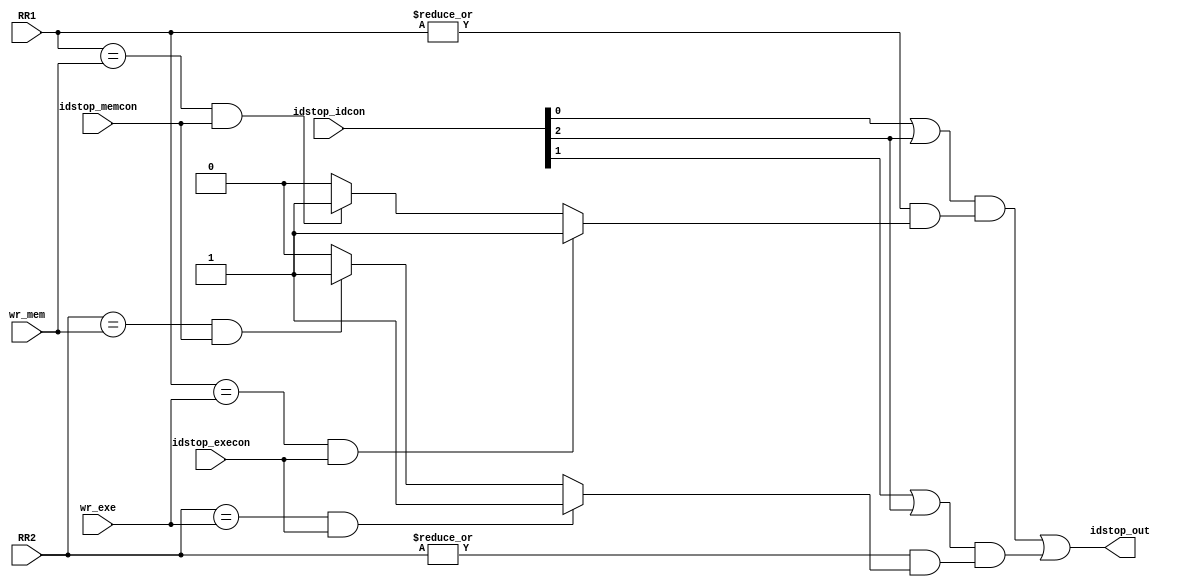
/*====================Ports Declaration====================*/
module idstop (
    input wire [4:0] wr_exe,wr_mem,
    input wire [2:0] idstop_idcon,//control:{0:rs,1:rt,2:rtrs}
    input wire idstop_execon,idstop_memcon,//control:{0:,1:}
    input wire [4:0] RR1,RR2,
    output wire idstop_out
    );
/*====================Variable Declaration====================*/
wire [1:0] same_r;
/*====================Function Code====================*/
assign same_r[0] =  (|RR1)&&(((RR1==wr_exe)&&idstop_execon) ? 1'b1 :
                    ((RR1==wr_mem)&&idstop_memcon) ? 1'b1 : 1'b0);
assign same_r[1] =  (|RR2)&&(((RR2==wr_exe)&&idstop_execon) ? 1'b1 :
                    ((RR2==wr_mem)&&idstop_memcon) ? 1'b1 : 1'b0);
 
assign idstop_out = ({idstop_idcon[0]||idstop_idcon[2]} && same_r[0]) |
                    ({idstop_idcon[1]||idstop_idcon[2]} && same_r[1]) ;
endmodule